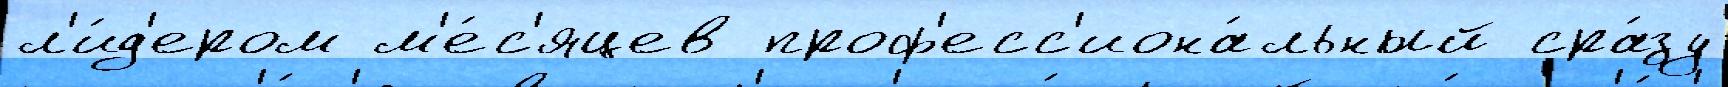
л'и́д'ером м'е́с'яцев проф'есс'иона́льный сра́зу